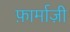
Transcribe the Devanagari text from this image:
फ़ार्माज़ी